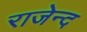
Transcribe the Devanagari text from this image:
राजेन्द